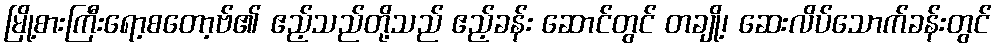
မြို့စားကြီးရော့စတော့ဗ်၏ ဧည့်သည်တို့သည် ဧည့်ခန်း ဆောင်တွင် တချို့၊ ဆေးလိပ်သောက်ခန်းတွင်